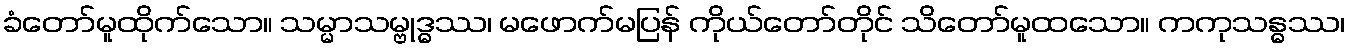
ခံတော်မူထိုက်သော။ သမ္မာသမ္ဗုဒ္ဓဿ၊ မဖောက်မပြန် ကိုယ်တော်တိုင် သိတော်မူထသော။ ကကုသန္ဓဿ၊